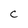
Character: c